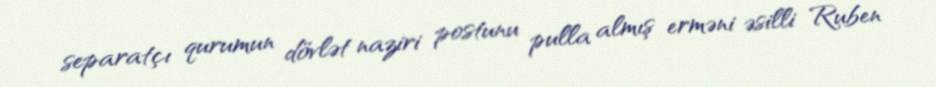
separatçı qurumun dövlət naziri postunu pulla almış erməni əsilli Ruben